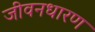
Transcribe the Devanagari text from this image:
जीवनधारण